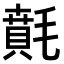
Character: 𣯻